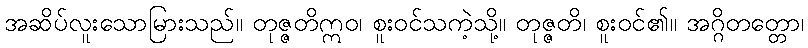
အဆိပ်လူးသောမြားသည်။ တုဇ္ဇတိဣဝ၊ စူးဝင်သကဲ့သို့။ တုဇ္ဇတိ၊ စူးဝင်၏။ အဂ္ဂိတတ္တော၊